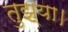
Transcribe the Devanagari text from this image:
तुझ्या।